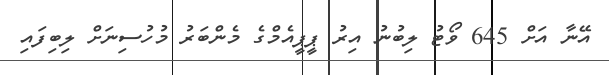
އޭނާ އަށް 645 ވޯޓު ލިބުނު އިރު ޕީޕީއެމްގެ މެންބަރު މުހުސިނަށް ލިބިފައި